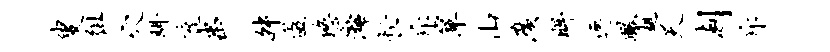
叟徂穴珥充串舛盗悠漓忙斥箪山广眸逸瞰趄天剡斥